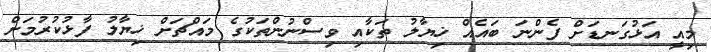
މިއީ އަޅުގަނޑަށް ފެންނަ ބައެއް ޚިޔާލު ތަކާއި ވިސްނުންތަކުގެ މައްޗަށް ޚިޔާލު ފާޅުކުރުމަށް